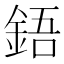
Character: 鋙